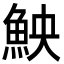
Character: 䱀